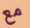
مع